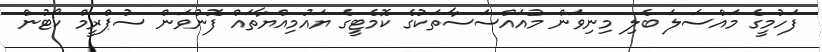
ފަހުމީގެ މައްސަލަ ބެލި މިނިވަން މުއައްސަސާތަކުގެ ކޮމެޓީގެ ޔައުމިއްޔާތައް ފޮނުވަން ސުޕްރީމް ކޯޓުން